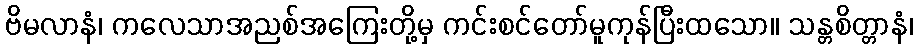
ဗိမလာနံ၊ ကလေသာအညစ်အကြေးတို့မှ ကင်းစင်တော်မူကုန်ပြီးထသော။ သန္တစိတ္တာနံ၊